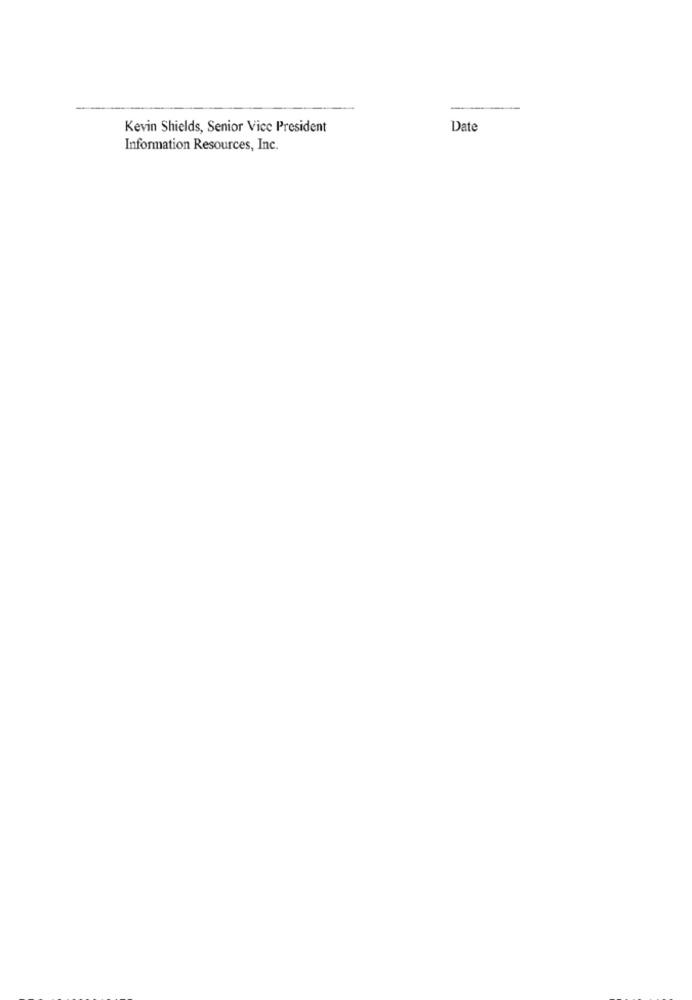
Kevin Shields, Senior Vice President
Date
Information Resources, Inc.